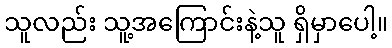
သူလည်း သူ့အကြောင်းနဲ့သူ ရှိမှာပေါ့။